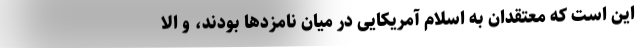
این است که معتقدان به اسلام آمریکایی در میان نامزدها بودند، و الا